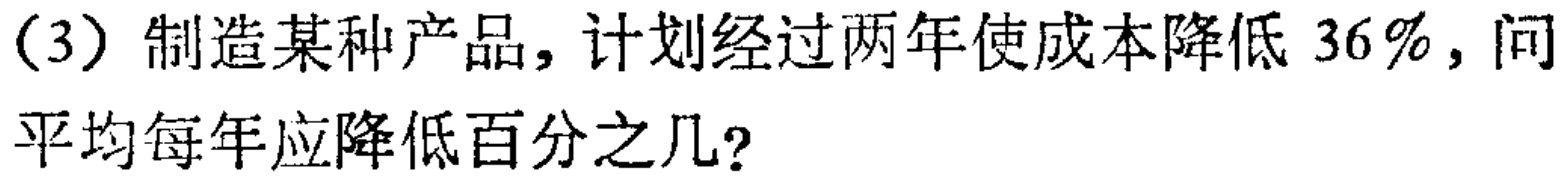
(3) 制造某种产品，计划经过两年使成本降低 \(36\%\)，问平均每年应降低百分之几？